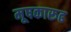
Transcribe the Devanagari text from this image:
मूषकारूढ